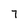
Character: T